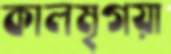
কালমৃগয়া